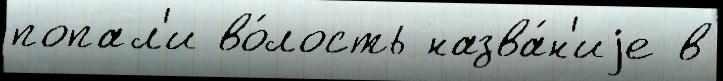
попал'и во́лость назва́н'иjе в